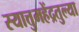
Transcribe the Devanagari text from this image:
स्यात्तुमहेंद्रतुल्या